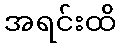
အရင်းထိ